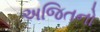
અજિતનો